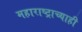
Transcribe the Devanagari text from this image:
महाराष्ट्राच्याही